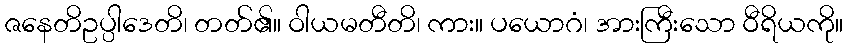
ဇနေတိဥပ္ပါဒေတိ၊ တတ်၏။ ဝါယမတီတိ၊ ကား။ ပယောဂံ၊ အားကြီးသော ဝီရိယကို။